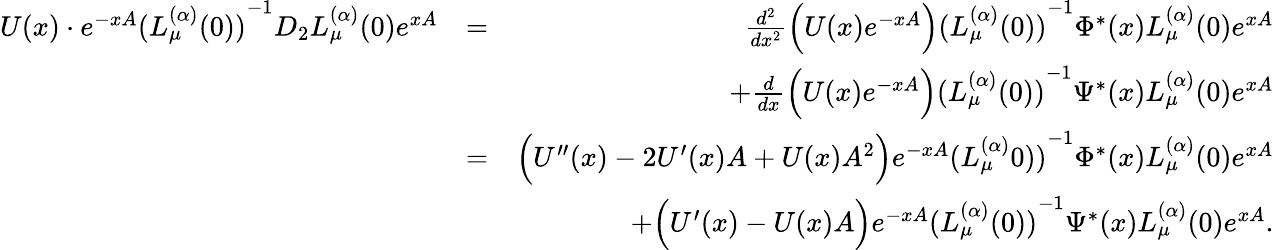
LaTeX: \begin{array}{rlr}{U(x)\cdot e^{-xA}{(L_{\mu}^{(\alpha)}(0))}^{-1}D_{2}L_{\mu}^{(\alpha)}(0)e^{xA}}&{=}&{\frac{d^{2}}{dx^{2}}\Big(U(x)e^{-xA}\Big){(L_{\mu}^{(\alpha)}(0))}^{-1}\Phi^{\ast}(x)L_{\mu}^{(\alpha)}(0)e^{xA}}\\ &{}&{+\frac{d}{dx}\Big(U(x)e^{-xA}\Big){(L_{\mu}^{(\alpha)}(0))}^{-1}\Psi^{\ast}(x)L_{\mu}^{(\alpha)}(0)e^{xA}}\\ &{=}&{\Big(U^{\prime\prime}(x)-2U^{\prime}(x)A+U(x)A^{2}\Big)e^{-xA}{(L_{\mu}^{(\alpha)}0))}^{-1}\Phi^{\ast}(x)L_{\mu}^{(\alpha)}(0)e^{xA}}\\ &{}&{+\Big(U^{\prime}(x)-U(x)A\Big)e^{-xA}{(L_{\mu}^{(\alpha)}(0))}^{-1}\Psi^{\ast}(x)L_{\mu}^{(\alpha)}(0)e^{xA}.}\end{array}